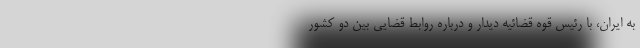
به ایران، با رئیس قوه قضائیه دیدار و درباره روابط قضایی بین دو کشور